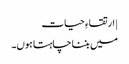
| ارتقاءِ حیات
میں بننا چاہتا ہوں۔